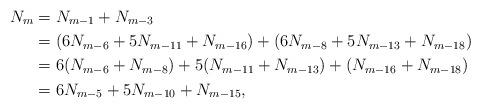
LaTeX: \begin{align*}N_{m}&=N_{m-1}+N_{m-3}\\&=(6N_{m-6}+5N_{m-11}+N_{m-16})+(6N_{m-8}+5N_{m-13}+N_{m-18})\\&=6(N_{m-6}+N_{m-8})+5(N_{m-11}+N_{m-13})+(N_{m-16}+N_{m-18}) \\&=6N_{m-5}+5N_{m-10}+N_{m-15},\end{align*}